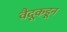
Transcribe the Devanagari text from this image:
वैदूकडून